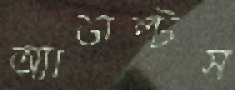
অ্যাডাল্টস